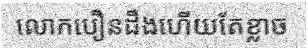
លោកបឿនដឹងហើយតែខ្លាច